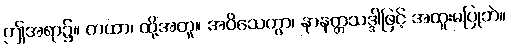
ဤအရာ၌။ တထာ၊ ထို့အတူ။ အဝိသေတွာ၊ နာနတ္တသဒ္ဒါဖြင့် အထူးမပြုဘဲ။